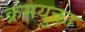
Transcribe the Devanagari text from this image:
क्रमयुक्ता